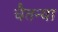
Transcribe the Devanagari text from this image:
चैतन्या